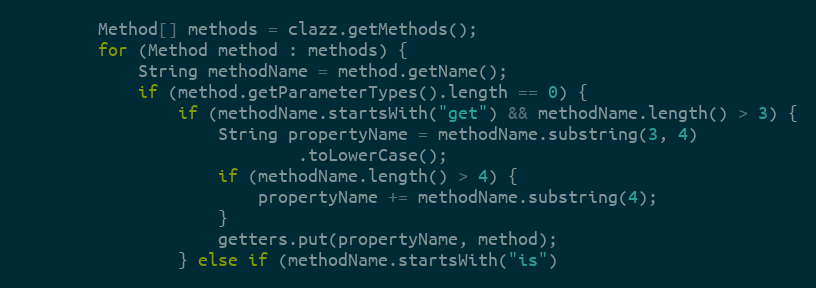
Language: Java
		Method[] methods = clazz.getMethods();
		for (Method method : methods) {
			String methodName = method.getName();
			if (method.getParameterTypes().length == 0) {
				if (methodName.startsWith("get") && methodName.length() > 3) {
					String propertyName = methodName.substring(3, 4)
							.toLowerCase();
					if (methodName.length() > 4) {
						propertyName += methodName.substring(4);
					}
					getters.put(propertyName, method);
				} else if (methodName.startsWith("is")